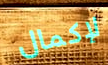
لإكمال